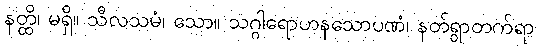
နတ္ထိ၊ မရှိ။ သီလသမံ၊ သော။ သဂ္ဂါရောဟနသောပဏံ၊ နတ်ရွာတက်ရာ